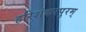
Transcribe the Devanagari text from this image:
हरिशंकरपुरम्